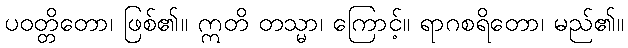
ပဝတ္တိတော၊ ဖြစ်၏။ ဣတိ တသ္မာ၊ ကြောင့်။ ရာဂစရိတော၊ မည်၏။